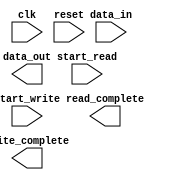
module AXI_bus_controller (
    input wire clk,
    input wire reset,
    input wire start_read,
    input wire start_write,
    input wire [7:0] data_in,
    output wire [7:0] data_out,
    output wire read_complete,
    output wire write_complete
);

// Timing control and synchronization logic
// (Not shown here for brevity)

// Arbritration and prioritization logic
// (Not shown here for brevity)

// Error detection and correction logic
// (Not shown here for brevity)

endmodule